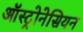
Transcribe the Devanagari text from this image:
ऑस्ट्रोनेसियन